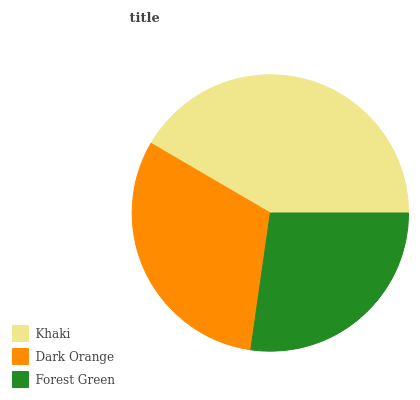
| Khaki | Dark Orange | Forest Green |
 | --- | --- | --- |
 | 41.6% | 31.2% | 27.2% |